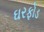
ઘરફોડ